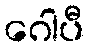
ဂေါပီ